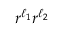
r ^ { \ell _ { 1 } } r ^ { \ell _ { 2 } }